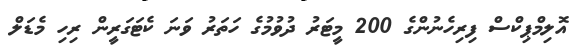
އޮލިމްޕިކްސް ފިރިހެނުންގެ 200 މީޓަރު ދުވުމުގެ ހަތަރު ވަނަ ކެޓަގަރީން ރިހި މެޑަލް